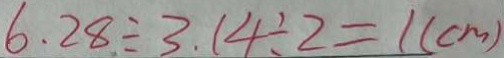
6 . 2 8 \div 3 . 1 4 \div 2 = 1 ( c m )